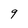
Character: 9